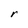
Character: r